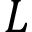
L